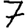
Digit: 7